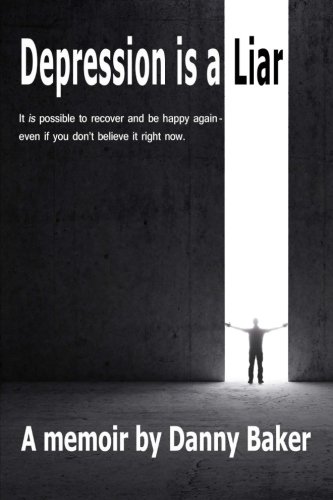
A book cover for Depression is a Liar: It IS possible to recover and be happy again - even if you don't believe it right now; Danny Baker; Biographies & Memoirs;